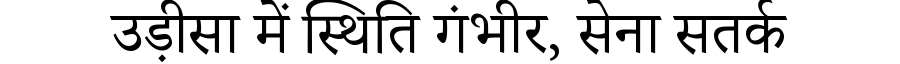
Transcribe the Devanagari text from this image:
उड़ीसा में स्थिति गंभीर, सेना सतर्क